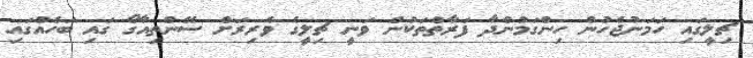
ޗިލީގައި ހަމަނުޖެހުން ހިންގަމުންދާ ފަރާތްތަކުން ވަނީ ޗިލީގެ ވެރިރަށް ސޭންތިއާގޯ ގައި ބަހެއްގައި